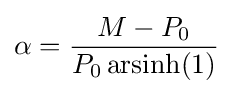
\alpha ={\frac {M-P_{0}}{P_{0}\operatorname {arsinh} (1)}}